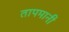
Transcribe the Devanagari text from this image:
तापमानी